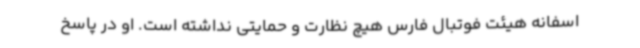
اسفانه هیئت فوتبال فارس هیچ نظارت و حمایتی نداشته است. او در پاسخ